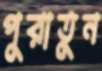
পুরাতুন